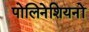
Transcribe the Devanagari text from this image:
पोलिनेशियनों